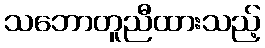
သဘောတူညီထားသည့်